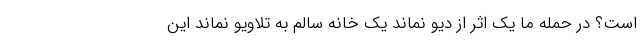
است؟ در حمله ما یک اثر از دیو نماند یک خانه سالم به تلاویو نماند این